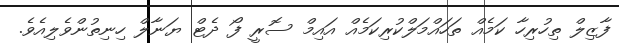
ފާޒިލް ތިހުރިހާ ކަމެއް ތަހައްމަލްކުރިކަމެއް އައިމް ސޮރީ ފޯ ދެޓް ޔަނާލް ހިިނިތުންވެލިއެވެ.